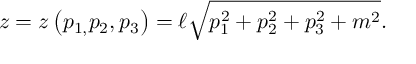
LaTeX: z = z \left( p _ { 1 , } p _ { 2 } , p _ { 3 } \right) = \ell \sqrt { p _ { 1 } ^ { 2 } + p _ { 2 } ^ { 2 } + p _ { 3 } ^ { 2 } + m ^ { 2 } } .